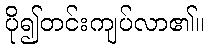
ပို၍တင်းကျပ်လာ၏။